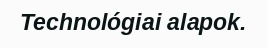
Technológiai alapok.